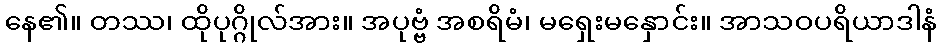
နေ၏။ တဿ၊ ထိုပုဂ္ဂိုလ်အား။ အပုဗ္ဗံ အစရိမံ၊ မရှေးမနှောင်း။ အာသဝပရိယာဒါနံ